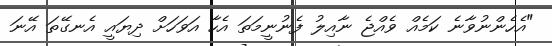
"އެހެންނުވާނެ ކަމެއް ވެއްޖެ ނާއިލު ފެނުނީމަތަ އެހާ އަވަހަށް ދިޔައީ އެނގޭތަ އޭނަ